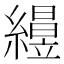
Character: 𥫅